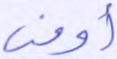
أوفى